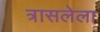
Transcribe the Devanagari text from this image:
त्रासलेला